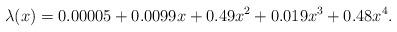
LaTeX: \begin{align*}\lambda(x) = 0.00005+ 0.0099x + 0.49x^2 + 0.019 x^3 + 0.48 x^4.\end{align*}